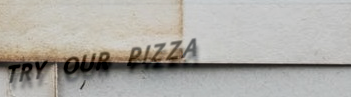
TRY OUR PIZZA